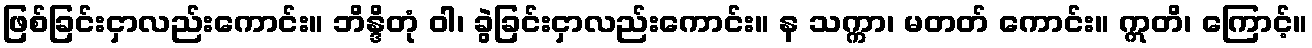
ဖြစ်ခြင်းငှာလည်းကောင်း။ ဘိန္ဒိတုံ ဝါ၊ ခွဲခြင်းငှာလည်းကောင်း။ န သက္ကာ၊ မတတ် ကောင်း။ ဣတိ၊ ကြောင့်။